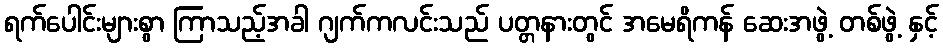
ရက်ပေါင်းများစွာ ကြာသည့်အခါ ဂျက်ကလင်းသည် ပတ္တနားတွင် အမေရိကန် ဆေးအဖွဲ့ တစ်ဖွဲ့ နှင့်